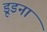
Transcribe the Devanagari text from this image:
डूडना